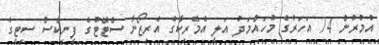
އުމުރުން 74 އަހަރުގެ މުހައްމަދު އަލީ އެމެރިކާގެ އެރިޒޯނާ ސްޓޭޓުގެ ފީނިކްސް ސިޓީގެ